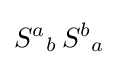
{S^{a}}_{b}\,{S^{b}}_{a}